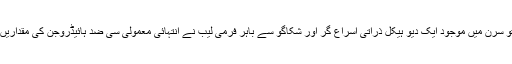
فی الحال تو سرن میں موجود ایک دیو ہیکل ذرّاتی اسراع گر اور شکاگو سے باہر فرمی لیب نے انتہائی معمولی سی ضد ہائیڈروجن کی مقداریں بنائی ہیں۔